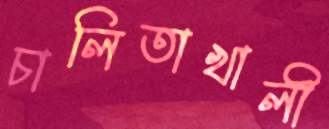
চালিতাখালী